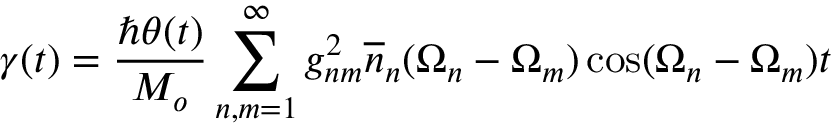
\gamma ( t ) = \frac { \hbar \theta ( t ) } { M _ { o } } \sum _ { n , m = 1 } ^ { \infty } g _ { n m } ^ { 2 } \overline { { { n } } } _ { n } ( \Omega _ { n } - \Omega _ { m } ) \cos ( \Omega _ { n } - \Omega _ { m } ) t